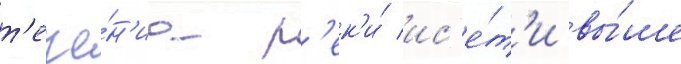
т'ече́н'иа р'ек'и́ ис'е́т'и вы́ше